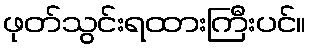
ဖုတ်သွင်းရထားကြီးပင်။